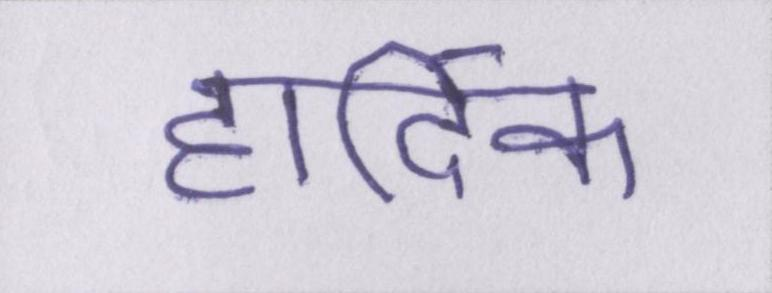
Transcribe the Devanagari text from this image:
हार्दिक